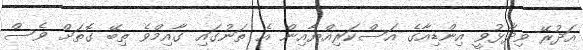
އަދުރޭ ވިދާޅުވީ އިންޑިއާގެ އަސްކަރިއްޔާއިން އެ ތަނުގައި ގާއިމްވެ ތިބޭ ގޮތަށް ވެސް